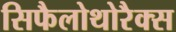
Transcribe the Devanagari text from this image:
सिफैलोथोरैक्स